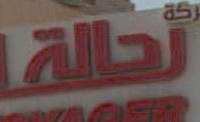
تحالة